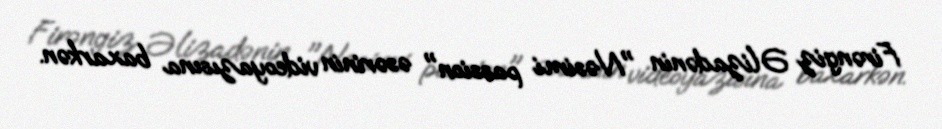
Firəngiz Əlizadənin "Nəsimi passion" əsərinin videoyazısına baxarkən.